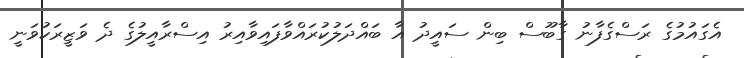
އެގައުމުގެ ރަސްގެފާނު ގާބޫސް ބިން ސައީދު އާ ބައްދަލުކުރައްވާފައިވާއިރު އިސްރާއީލުގެ ދެ ވަޒީރަކުވަނީ